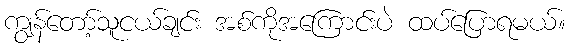
ကျွန်တော့်သူငယ်ချင်း အစ်ကိုအကြောင်းပဲ ထပ်ပြောရမယ်။